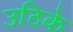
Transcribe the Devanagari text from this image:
उठिके